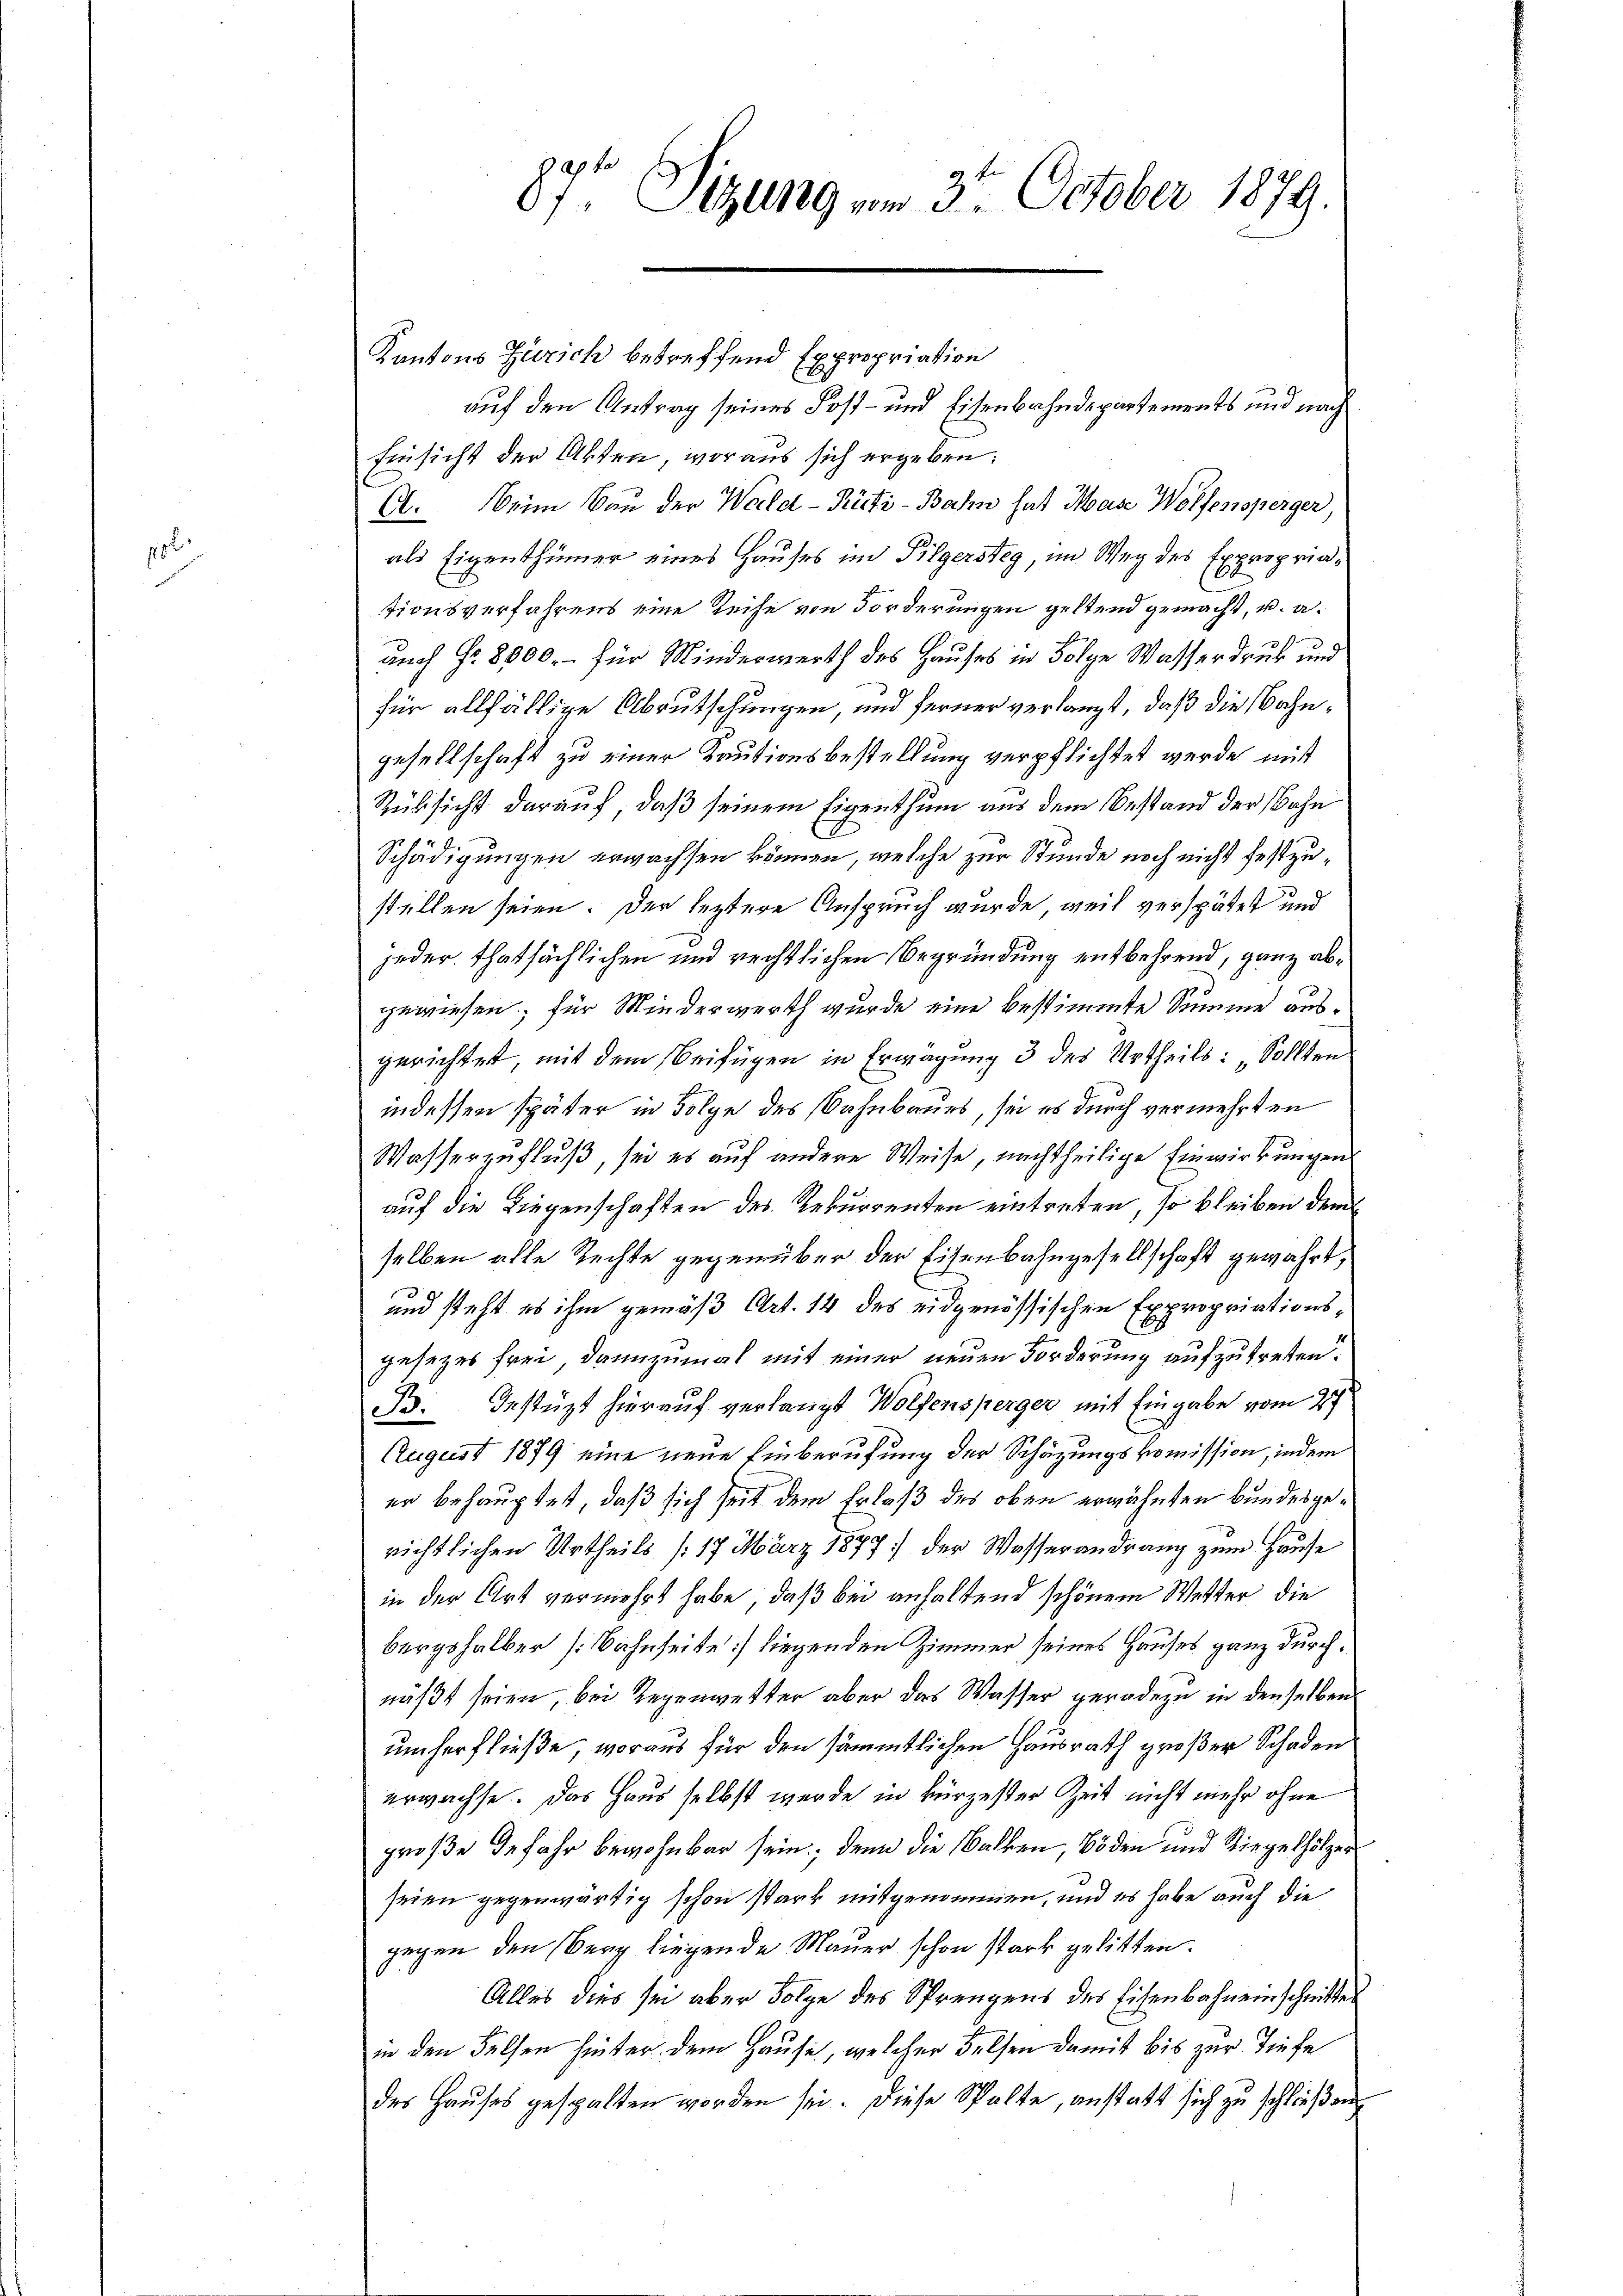
152

Kantons Zürich betreffend Expropriation
auf den Antrag seines Kost- und Eisenbahndepartements und nach
Einsicht der Akten, woraus sich ergeben:
C. Beim Bau der Wald–Rüti-Bahn hat Mase Wolfensperger,
als Eigenthümer eines Hauses im Pilgersteg, im Weg des Expropriationsverfahrens eine Reihe von Forderungen geltend gemacht, u. a.
auch Fr. 8000.- für Minderwerth des Hauses in Folge Wasserdruck und
für allfällige Abrutschungen, und ferner verlangt, daß die Bahngesellschaft zu einer Kautionsbestellung verpflichtet werde mit
Rüksicht darauf, daß seinem Eigenthum aus dem Bestand der Bahn
Schädigungen erwachsen können, welche zur Stunde noch nicht festzustellen seien. Der leztere Anspruch wurde, weil verspätet und
jeder thatsächlichen und rechtlichen Begründung entbehrend, ganz abgewiesen; für Minderwerth wurde eine bestimmte Summe ausgerichtet, mit dem Beifügen in Erwägung 3 des Urtheils: „Sollten
indessen später in Folge des Bahnbaues, sei es durch vermehrten
Wasserzufluß, sei es auf andere Weise, nachtheilige Einwirkungen
auf die Liegenschaften des Rekurrenten eintreten, so bleiben dem
selben alle Rechte gegenüber der Eisenbahngesellschaft gewährt,
und steht es ihm gemäß Art. 14 des eidgenössischen Expropriationsgesetzes frei, dannzumal mit einer neuen Forderung aufzutreten.
B. Gestüzt hierauf verlangt Wolfensperger mit Eingabe vom 27
August 1879 eine neue Einberufung der Schätzungskommission, indem
er behauptet, daß sich seit dem Erlaß des oben erwähnten Bundesgerichtlichen Urtheils /17 März 1877 der Wasserandrang zum Hause
in der Art vermehrt habe, daß bei anhaltend schönem Wetter die
bergshalber [Bahnheite] liegenden Zimmer seines Hauses ganz durchnäßt seien bei Regenwetter aber das Wasser geradezu in denselben
umherfließe, woraus für den sämmtlichen Hausrath großer Schaden
erwachse. Das Haus selbst wurde in kürzester Zeit nicht mehr ohne
große Gefahr bewohnbar sein; denn die Balken, 63 den und Riegelhölzer
seien gegenwärtig schon stark mitgenommen, und es habe auch die
gegen den Berg liegende Mauer schon stark gelitten.
Alles dies sei aber Folge des Sprengens des Eisenbahn einschnittes
in den Felsen hinter dem Hause, welcher Felsen damit bis zur Tiefe
des Haŭses gespalten worden sei. Diese Spalte, anstatt sich zu schließen
.

87t Sitzung vom 3ten October 1879.